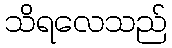
သိရလေသည်